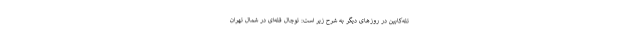
تله‌کابین در روزهای دیگر به شرح زیر است: توچال قله‌ای در شمال تهران